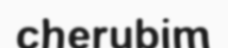
cherubim